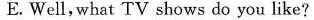
E.Well, what TV shows do you like?